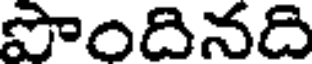
పొందినది